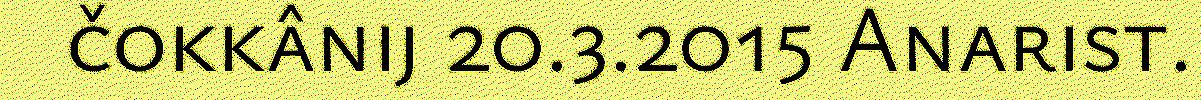
čokkânij 20.3.2015 Anarist.